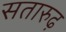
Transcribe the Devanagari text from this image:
सतारुढ़